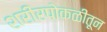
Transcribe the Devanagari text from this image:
शरीरपोकळीतून